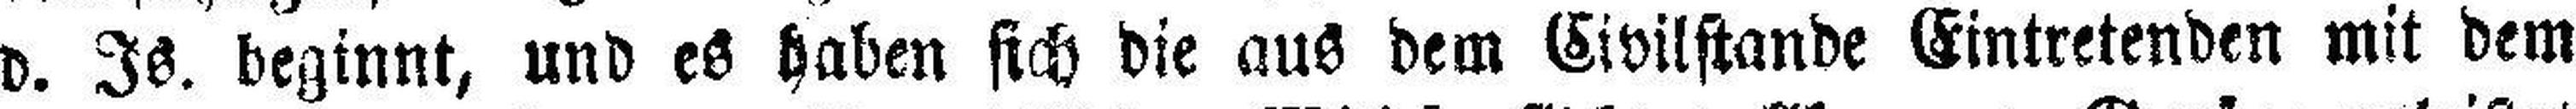
d. Is. beginnt, und es haben sich die aus dem Civilstande Eintretenden mit dem